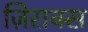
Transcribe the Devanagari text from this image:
ज़िराक्स